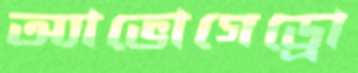
অ্যাভোগেড্রো